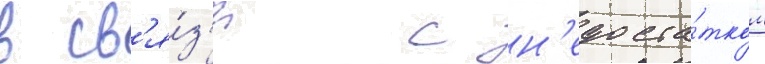
в св'я́з'и с н'едоста́тком